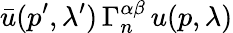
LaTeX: \bar{u}(p^{\prime},\lambda^{\prime})\, \Gamma_{n}^{\alpha\beta}\, u(p,\lambda)